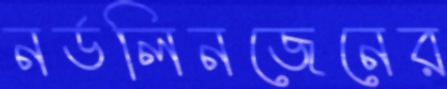
নর্ডলিনজেনের